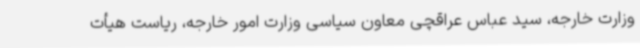
وزارت خارجه، سید عباس عراقچی معاون سیاسی وزارت امور خارجه، ریاست هیأت